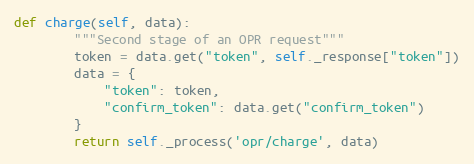
Language: Python
def charge(self, data):
        """Second stage of an OPR request"""
        token = data.get("token", self._response["token"])
        data = {
            "token": token,
            "confirm_token": data.get("confirm_token")
        }
        return self._process('opr/charge', data)